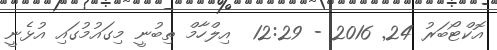
އޮކްޓޯބަރު 24